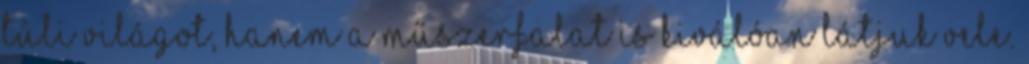
túli világot, hanem a műszerfalat is kiválóan látjuk vele.